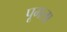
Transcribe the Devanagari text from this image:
पूमला